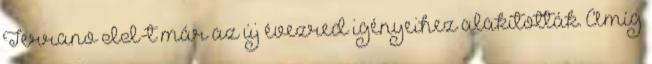
Terrano II-t már az új évezred igényeihez alakították. Amíg